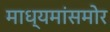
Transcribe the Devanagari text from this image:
माध्यमांसमोर